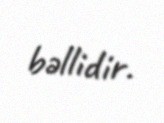
bəllidir.